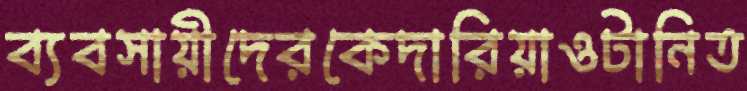
ব্যবসায়ীদেরকেদারিয়াওটানিত